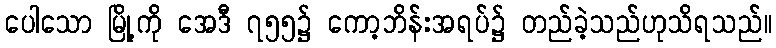
ပေါသော မြို့ကို အေဒီ ၇၅၅၌ ကော့ဘိန်းအရပ်၌ တည်ခဲ့သည်ဟုသိရသည်။